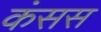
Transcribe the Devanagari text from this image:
कंसस